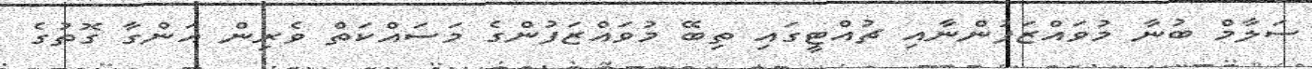
ސަލާމް ބުނާ މުވައްޒަފުންނާއި ޗުއްޓީގައި ތިބޭ މުވައްޒަފުންގެ މަސައްކަތް ވެރިން އަންގާ ގޮތުގެ